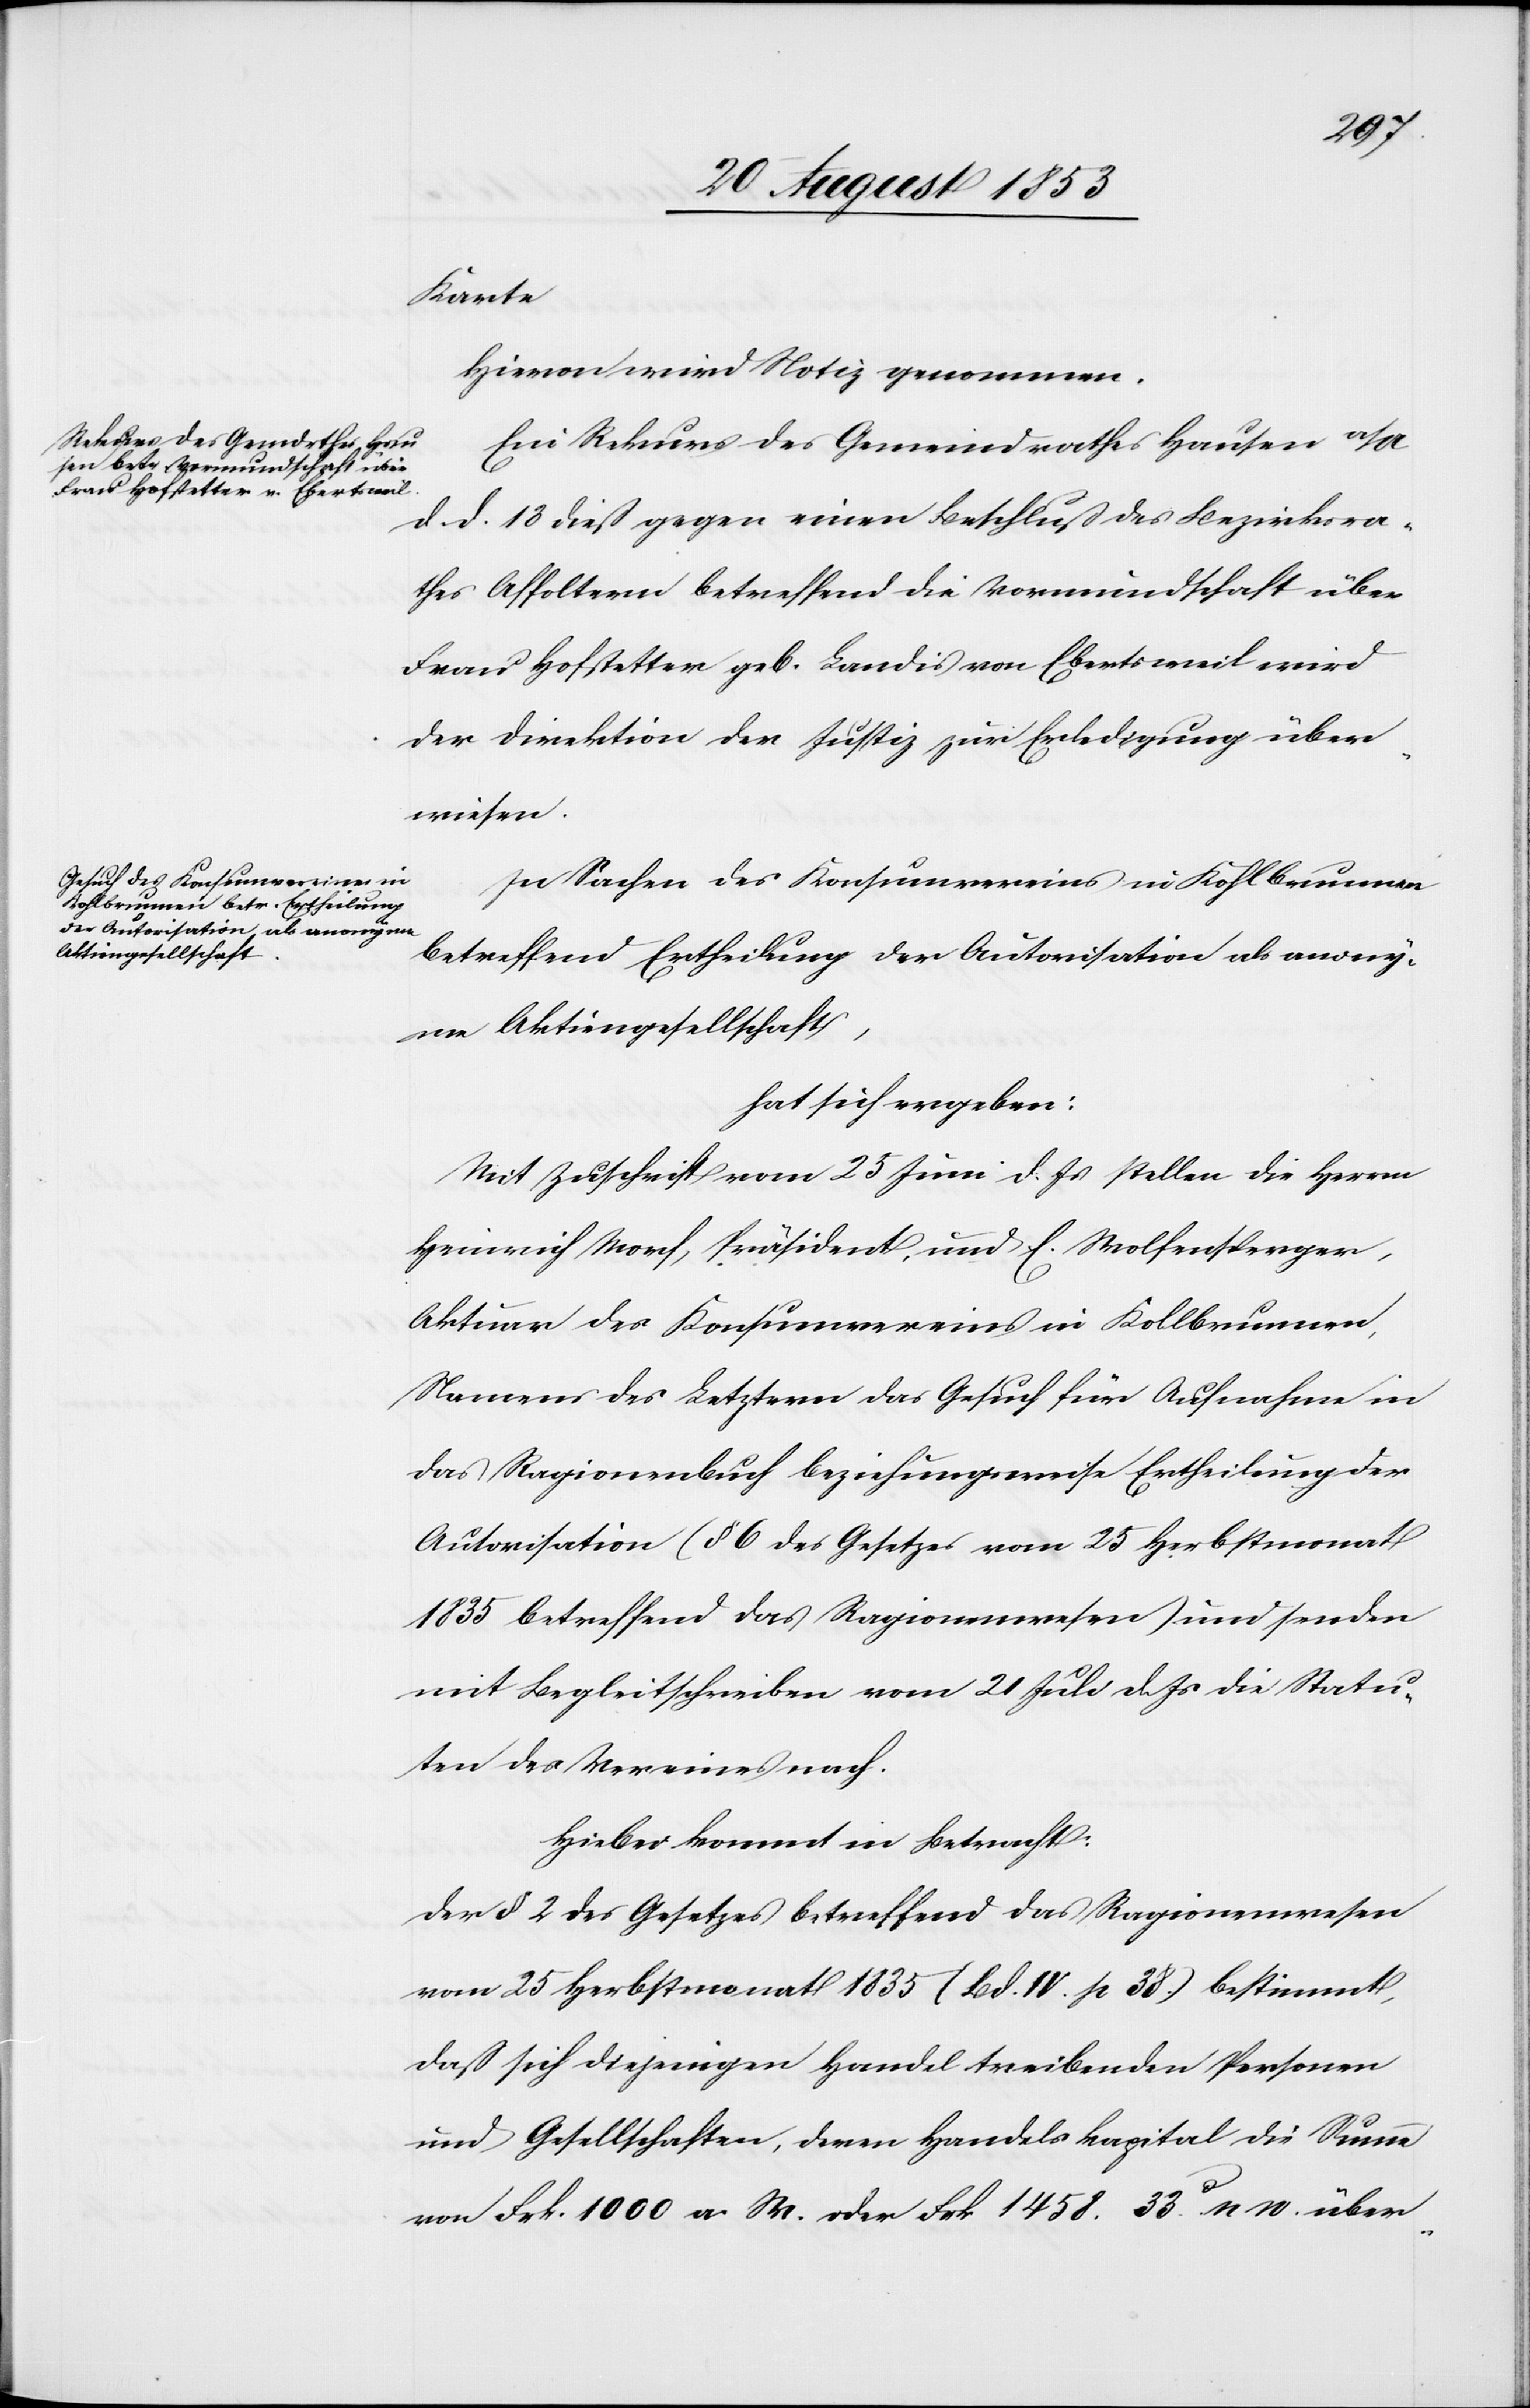
Karte.
Hievon wird Notiz genommen.
Ein Rekurs des Gemeindrathes Hausen a/A
d. d. 13 dieß gegen einen Beschluß des Bezirksra¬
thes Affoltern betreffend die Vormundschaft über
Frau Hofstetter geb. Landis von Ebertsweil wird
der Direktion der Justiz zur Erledigung über¬
wiesen.
In Sachen des Konsumvereines in Kohlbrunnen
betreffend Ertheilung der Autorisation als anony¬
me Aktiengesellschaft,
hat sich ergeben:
Mit Zuschrift vom 25 Juni d. Js. stellen die Herren
Heinrich Morf, Präsident, und E. Wolfensberger,
Aktuar des Konsumvereines in Kohlbrunnen,
Namens des Letztern das Gesuch für Aufnahme in
das Ragionenbuch beziehungsweise Ertheilung der
Autorisation (§ 6 des Gesetzes vom 25 Herbstmonat
1835 betreffend das Ragionenwesen) und senden
mit Begleitschreiben vom 21 Juli d. Js. die Statu¬
ten des Vereines nach.
Hiebei kommt in Betracht:
Der § 2 des Gesetzes betreffend das Ragionenwesen
vom 25 Herbstmonat 1835 (Bd. IV. p. 38) bestimmt,
daß sich diejenigen handelstreibenden Personen
und Gesellschaften, deren Handelskapital die Summe
von Frk. 1000 a. W. oder Frk. 1458. 33c n. W. über-